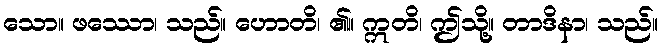
သော။ ဖဿော၊ သည်။ ဟောတိ၊ ၏။ ဣတိ၊ ဤသို့။ တာဒိနာ၊ သည်။